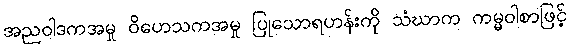
အညဝါဒကအမှု ဝိဟေသကအမှု ပြုသောရဟန်းကို သံဃာက ကမ္မဝါစာဖြင့်